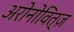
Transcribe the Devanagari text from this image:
अरोनोवित्ज़